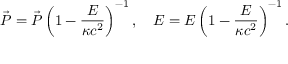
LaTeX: \vec { \cal { P } } = \vec { P } \left( 1 - \frac { E } { \kappa c ^ { 2 } } \right) ^ { - 1 } , \quad { \cal { E } } = E \left( 1 - \frac { E } { \kappa c ^ { 2 } } \right) ^ { - 1 } .